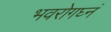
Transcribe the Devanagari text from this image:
भवरोगघ्नं